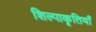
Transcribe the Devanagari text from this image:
शिल्पाकृतियाँ